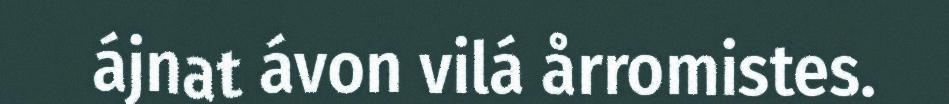
ájnat ávon vilá årromistes.